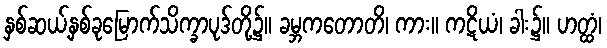
နှစ်ဆယ့်နှစ်ခုမြောက်သိက္ခာပုဒ်တို့၌။ ခမ္ဘကတောတိ၊ ကား။ ကဋိယံ၊ ခါး၌။ ဟတ္ထံ၊